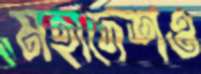
মহাদেশও